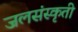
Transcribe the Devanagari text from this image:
जलसंस्कृती